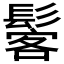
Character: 𩭽